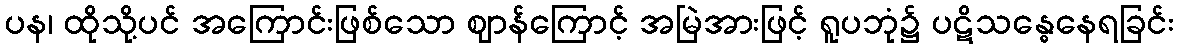
ပန၊ ထိုသို့ပင် အကြောင်းဖြစ်သော ဈာန်ကြောင့် အမြဲအားဖြင့် ရူပဘုံ၌ ပဋိသန္ဓေနေရခြင်း